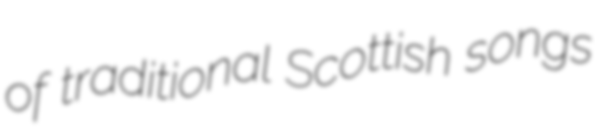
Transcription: of traditional Scottish songs